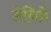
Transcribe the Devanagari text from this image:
लेनिने